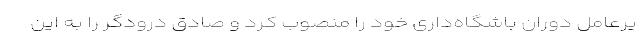
یرعامل دوران باشگاه‌داری خود را منصوب کرد و صادق درودگر را به این